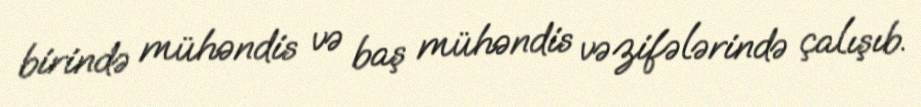
birində mühəndis və baş mühəndis vəzifələrində çalışıb.